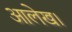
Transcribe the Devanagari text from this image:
आलेख।